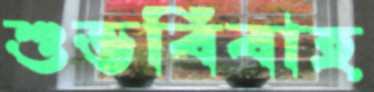
শুভবিবাহ